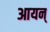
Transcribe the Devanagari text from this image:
आयन्